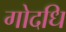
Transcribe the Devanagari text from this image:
गोदधि